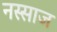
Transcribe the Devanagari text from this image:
नस्साज